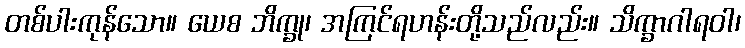
တစ်ပါးကုန်သော။ ယေစ ဘိက္ခု၊ အကြင်ရဟန်းတို့သည်လည်း။ သိက္ခာဂါရဝါ၊